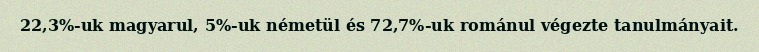
22,3%-uk magyarul, 5%-uk németül és 72,7%-uk románul végezte tanulmányait.